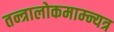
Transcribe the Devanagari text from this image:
तन्त्रालोकमाम्न्यत्र